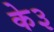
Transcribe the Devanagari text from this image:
के३